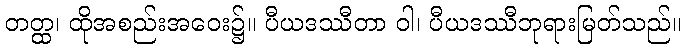
တတ္ထ၊ ထိုအစည်းအဝေး၌။ ပီယဒဿီတာ ဝါ၊ ပီယဒဿီဘုရားမြတ်သည်။